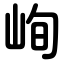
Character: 峋